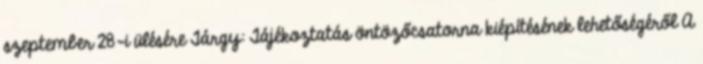
szeptember 28-i ülésére Tárgy: Tájékoztatás öntözőcsatorna kiépítésének lehetőségéről A